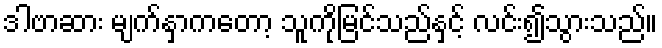
ဒါဗာဆား မျက်နှာကတော့ သူကိုမြင်သည်နှင့် လင်း၍သွားသည်။